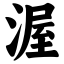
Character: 渥